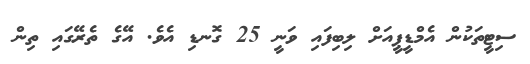
ސިޓީތަކުން އެމްޑީޕީއަށް ލިބިފައި ވަނީ 25 ގޮނޑި އެވެ. އޭގެ ތެރޭގައި ތިން